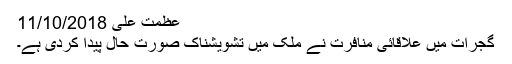
عظمت علی 11/10/2018
گجرات میں علاقائی منافرت نے ملک میں تشویشناک صورت حال پیدا کردی ہے۔